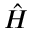
\hat { H }